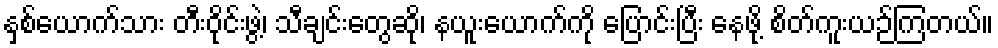
နှစ်ယောက်သား တီးဝိုင်းဖွဲ့၊ သီချင်းတွေဆို၊ နယူးယောက်ကို ပြောင်းပြီး နေဖို့ စိတ်ကူးယဉ်ကြတယ်။